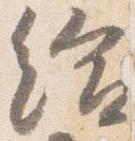
給